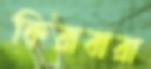
কিরাবারা